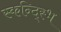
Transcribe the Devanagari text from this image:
स्कन्द्स्भि